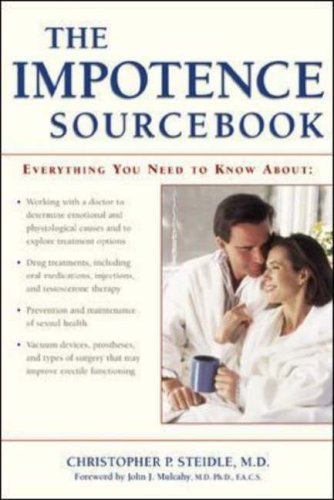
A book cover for The Impotence Sourcebook (Sourcebooks); Christopher Steidle; Health, Fitness & Dieting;